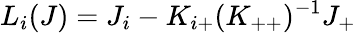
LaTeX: L_{i}(J)=J_{i}-K_{i+}(K_{++})^{-1}J_{+}